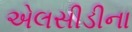
એલસીડીના